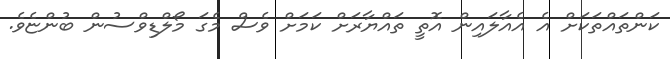
ކަންތައްތަކަށް އެ އެއާލައިން އޮތީ ތައްޔާރަށް ކަމަށް ވެސް މެގަ މޯލްޑިވްސުން ބުންޏެވެ.